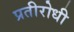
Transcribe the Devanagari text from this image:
प्रतीरोधी